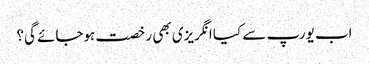
اب یورپ سے کیا انگریزی بھی رخصت ہوجائے گی؟